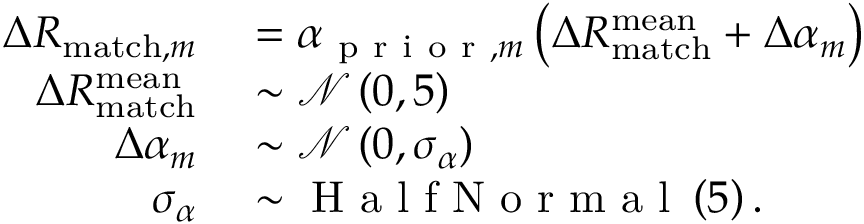
\begin{array} { r l } { \Delta R _ { \mathrm { m a t c h } , m } } & { { } = \alpha _ { \mathrm { ~ p ~ r ~ i ~ o ~ r ~ } , m } \left( \Delta R _ { \mathrm { m a t c h } } ^ { \mathrm { m e a n } } + \Delta \alpha _ { m } \right) } \\ { \Delta R _ { \mathrm { m a t c h } } ^ { \mathrm { m e a n } } } & { { } \sim \mathcal { N } \left( 0 , 5 \right) } \\ { \Delta \alpha _ { m } } & { { } \sim \mathcal { N } \left( 0 , \sigma _ { \alpha } \right) } \\ { \sigma _ { \alpha } } & { { } \sim \mathrm { ~ H ~ a ~ l ~ f ~ N ~ o ~ r ~ m ~ a ~ l ~ } \left( 5 \right) . } \end{array}